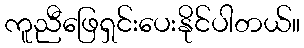
ကူညီဖြေရှင်းပေးနိုင်ပါတယ်။